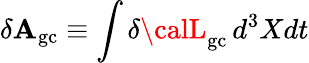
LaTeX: \delta{\cal\mathbf{A}}_{\mathrm{{gc}}}\equiv\int\delta{\calL}_{\mathrm{{gc}}}\, d^{3}Xdt